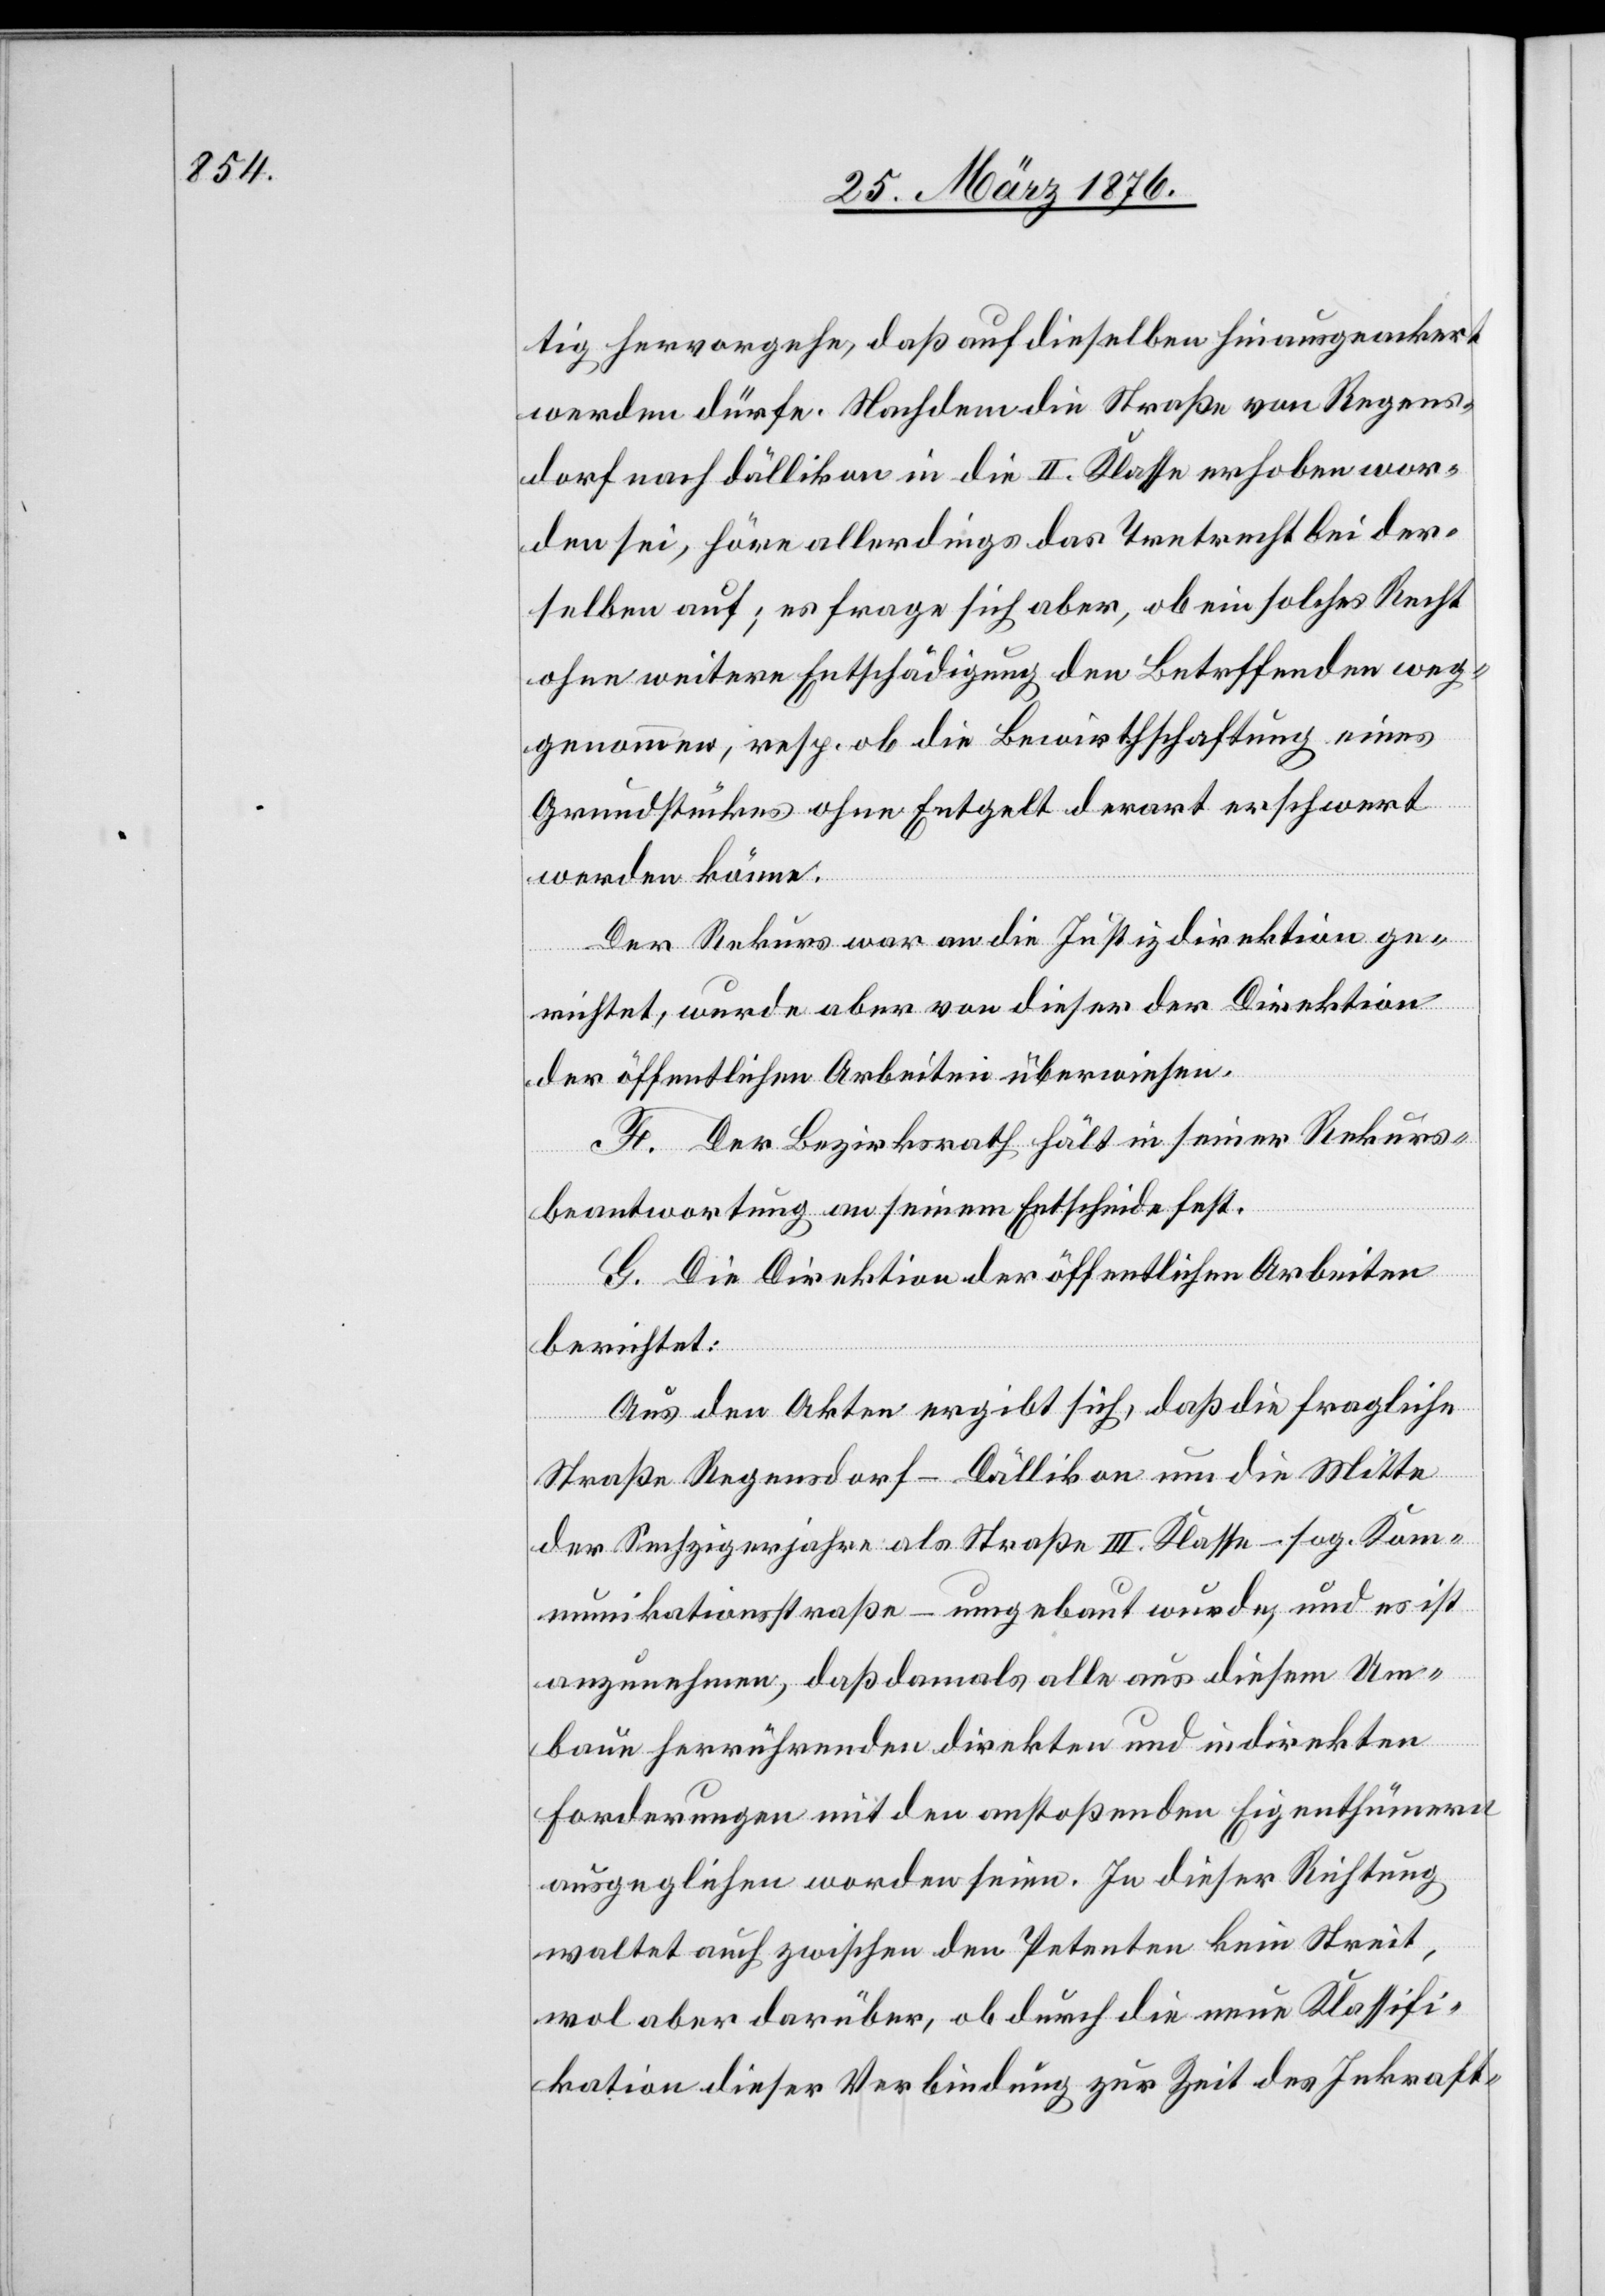
tig hervorgehe, daß auf dieselben hinausgeackert
werden dürfe. Nachdem die Straße von Regens¬
dorf nach dällikon [sic!] in die II. Klasse erhoben wor¬
den sei, höre allerdings das Tretrecht bei der¬
selben auf; es frage sich aber, ob ein solches Recht
ohne weitere Entschädigung den Betreffenden weg¬
genommen, resp. ob die Bewirthschaftung eines
Grundstückes ohne Entgelt derart erschwert
werden könne.
Der Rekurs war an die Justizdirektion ge¬
richtet, wurde aber von dieser der Direktion
der öffentlichen Arbeiten überwiesen.
F. Der Bezirksrath hält in seiner Rekurs¬
beantwortung an seinem Entscheide fest.
G. Die Direktion der öffentlichen Arbeiten
berichtet:
Aus den Akten ergibt sich, daß die fragliche
Straße Regensdorf–Dällikon um die Mitte
der Sechzigerjahre als Straße III. Klasse – sog. Kom¬
munikationsstraße – umgebaut wurde, und es ist
anzunehmen, daß damals alle aus diesem Um¬
baue herrührenden direkten und indirekten
Forderungen mit den anstoßenden Eigenthümern
ausgeglichen worden seien. In dieser Richtung
waltet auch zwischen den Petenten kein Streit,
wol aber darüber, ob durch die neue Klassifi¬
kation dieser Verbindung zur Zeit des Inkraft-